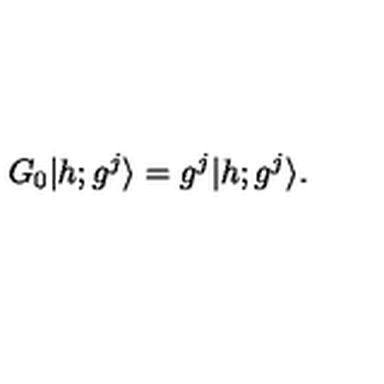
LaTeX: G _ { 0 } \vert h ; g ^ { j } \rangle = g ^ { j } \vert h ; g ^ { j } \rangle { } .